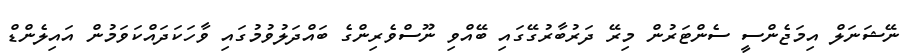
ނޭޝަނަލް އިމަޖެންސީ ސެންޓަރުން މިރޭ ދަރުބާރުގޭގައި ބޭއްވި ނޫސްވެރިންގެ ބައްދަލުވުމުގައި ވާހަކަދައްކަވަމުން އައިލެންޑް